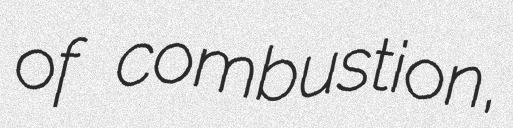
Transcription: of combustion,